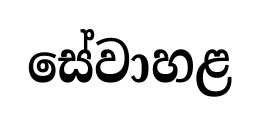
සේවාහළ